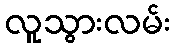
လူသွားလမ်း